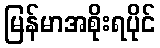
မြန်မာအစိုးရပိုင်